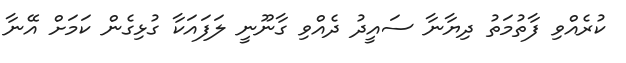
ކުރެއްވި ފާތުމަތު ދިޔާނާ ސައީދު ދެއްވި ގާނޫނީ ލަފައަކާ ގުޅިގެން ކަމަށް އޭނާ